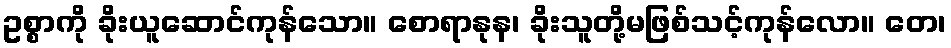
ဥစ္စာကို ခိုးယူဆောင်ကုန်သော။ စောရာနုန၊ ခိုးသူတို့မဖြစ်သင့်ကုန်လော။ တေ၊